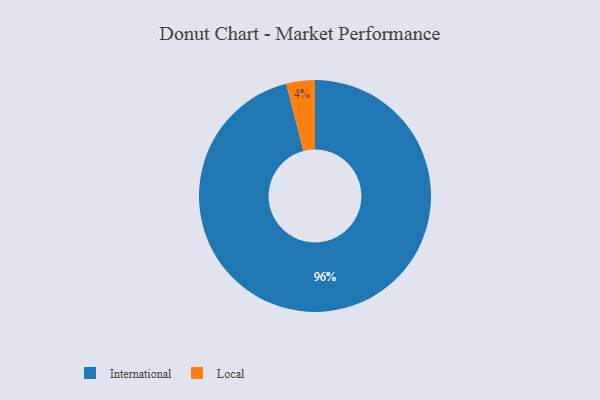
{"axis": {"x": "Category", "y": "Percentage"}, "legend": ["International", "Local"], "data": [{"x": "Local", "y": 4, "type": "Local"}, {"x": "International", "y": 96, "type": "International"}]}